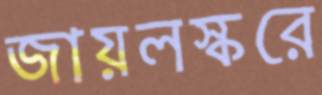
জায়লস্করে